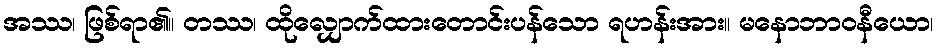
အဿ၊ ဖြစ်ရာ၏။ တဿ၊ ထိုလျှောက်ထားတောင်းပန်သော ရဟန်းအား။ မနောဘာဝနီယော၊